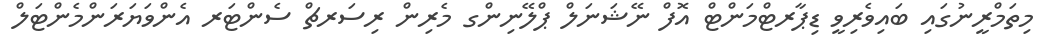
މިތަމްރީނުގައި ބައިވެރިވީ ޑިޕާރޓްމަންޓް އޮފް ނޭޝަނަލް ޕްލޭނިންގ މެރިން ރިސަރޗް ސެންޓަރ އެންވަޔަރަންމެންޓަލް